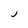
Character: J